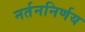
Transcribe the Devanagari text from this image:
नर्तननिर्णय